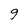
Character: 9